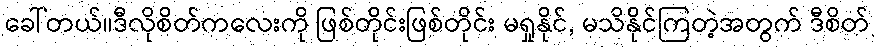
ခေါ်တယ်။ဒီလိုစိတ်ကလေးကို ဖြစ်တိုင်းဖြစ်တိုင်း မရှုနိုင်, မသိနိုင်ကြတဲ့အတွက် ဒီစိတ်